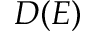
D ( E )